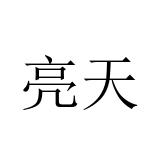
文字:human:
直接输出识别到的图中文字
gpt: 亮天